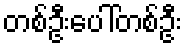
တစ်ဦးပေါ်တစ်ဦး